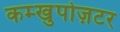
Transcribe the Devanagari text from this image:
कम्खुपोज़टर